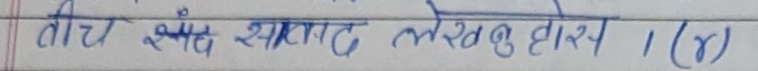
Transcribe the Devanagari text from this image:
तीन इन्च स्याट लेख्नु होस् । (४)